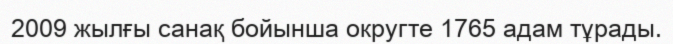
2009 жылғы санақ бойынша округте 1765 адам тұрады.